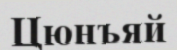
Цюнъяй